Tartu_linnavalitsus, lk 96
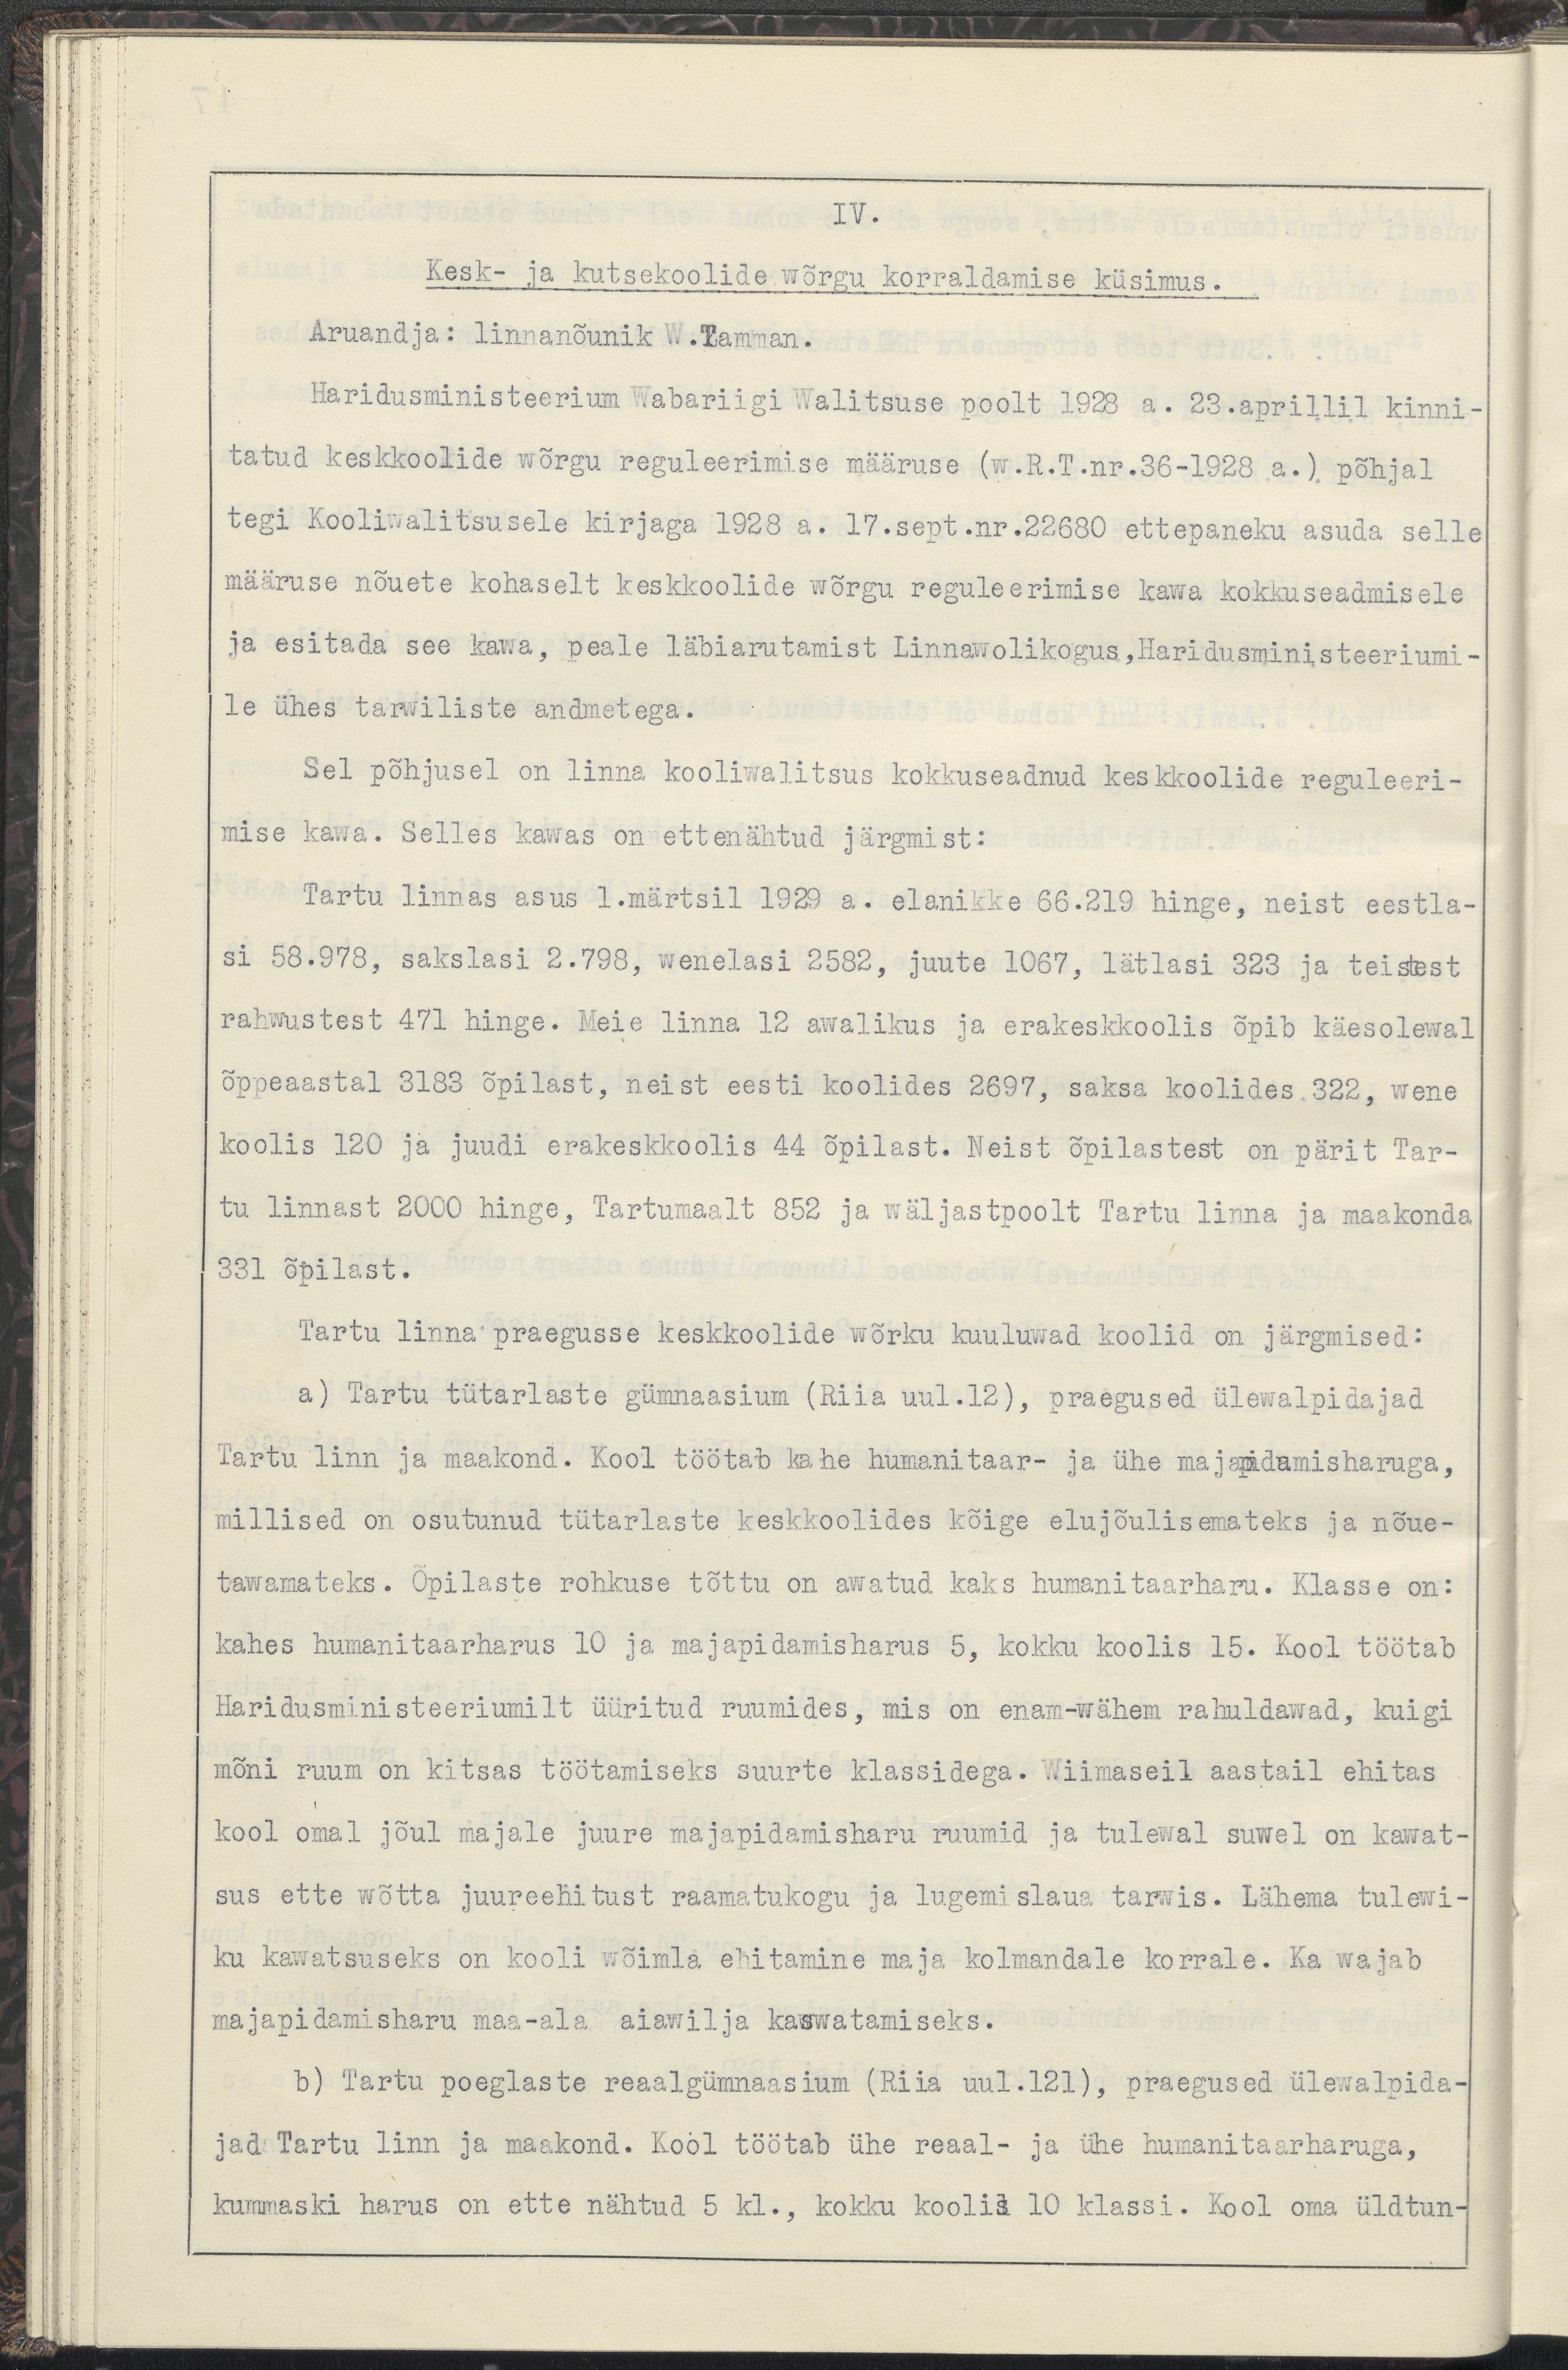
IV.
Kesk- ja kutsekoolide wõrgu korraldamise küsimus.
Aruandja: linnanõunik W.Tamman.
Haridusministeerium Wabariigi Walitsuse poolt 1928 a. 23.aprillil kinni-
tatud keskkoolide wõrgu reguleerimise määruse (w.R.T.nr.36-1928 a.) põhjal
tegi kooliwalitsusele kirjaga 1928 a. 17.sept.nr.22680 ettepaneku asuda selle
määruse nõuete kohaselt keskkoolide wõrgu reguleerimise kawa kokkuseadmisele
ja esitada see kawa, peale läbiarutamist Linnawolikogus, Haridusministeeriumi-
le ühes tarwiliste andmetega.
Sel põhjusel on linna kooliwalitsus kokkuseadnud keskkoolide reguleeri-
mise kawa. Selles kawas on ettenähtud järgmist:
Tartu linnas asus 1. märtsil 1929 a. elanikke 66.219 hinge, neist eestla-
si 58.978, sakslasi 2.798, wenelasi 2582, juute 1067, lätlasi 323 ja teistest 
rahwastest 471 hinge. Meie linna 12 awalikus ja erakeskkoolis õpib käesolewal
õppeaastal 3183 õpilast, neist eesti koolides 2697, saksa koolides 322, wene
koolis 120 ja juudi erakeskkoolis 44 õpilast. Neist õpilastest on pärit Tar-
tu linnast 2000 hinge, Tartumaalt 852 ja wäljastpoolt Tartu linna ja maakonda
331 õpilast.
Tartu linna praeguse keskkoolide wõrku kuuluwad koolid on järgmised:
a) Tartu tütarlaste gümnaasium (Riia uul.12), praegused ülewalpidajad
Tartu linn ja maakond. Kool töötan kahe humanitaar- ja ühe majapidamisharuga,
millised on osutunud tütarlaste keskkoolides kõige elujõulisemateks ja nõue-
tawamateks. Õpilaste rohkuse tõttu on awatud kaks humanitaarharu. Klasse on:
kahes humanitaarharus 10 ja majapidamisharus 5, kokku koolis 15. Kool töötab
Haridusministeeriumilt üüritud ruumides, mis on enam-wähem rahuldawad, kuigi
mõni ruum on kitsas töötamiseks suurte klassidega. Wiimaseil aastail ehitas
kool oma jõul majale juure majapidamisharu ruumid ja tulewal suwel on kawat-
sus ette wõtte juureehitust raamatukogu ja lugemislaua tarwis. Lähema tulewi-
ku kawatsuseks on kooli wõimla ehitamine maja kolmandale korrale. Ka wajab
majapidamisharu maa-ala aiawilja kaswatamiseks.
b) Taru poeglaste reaalgümnaasium (Riia uul.121), praegused ülewalpida-
jad Tartu linn ja maakond. Kool töötab ühe reaal- ja ühe humanitaarharuga,
kummaski harus on ette nähtud 5 kl., kokku koolis 10 klassi. Kool oma üldtun-